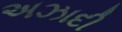
અઝાદી